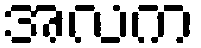
အလက